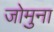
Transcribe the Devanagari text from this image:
जोमुना